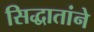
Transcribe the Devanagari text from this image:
सिद्धातांने